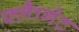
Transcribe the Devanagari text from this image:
फ्लैागेट